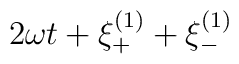
2 \omega t + \xi_{+}^{(1)} + \xi_{-}^{(1)}